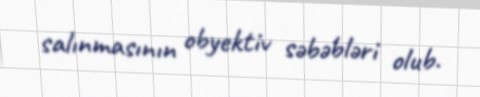
salınmasının obyektiv səbəbləri olub.